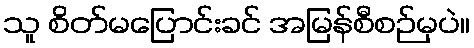
သူ စိတ်မပြောင်းခင် အမြန်စီစဉ်မှပဲ။